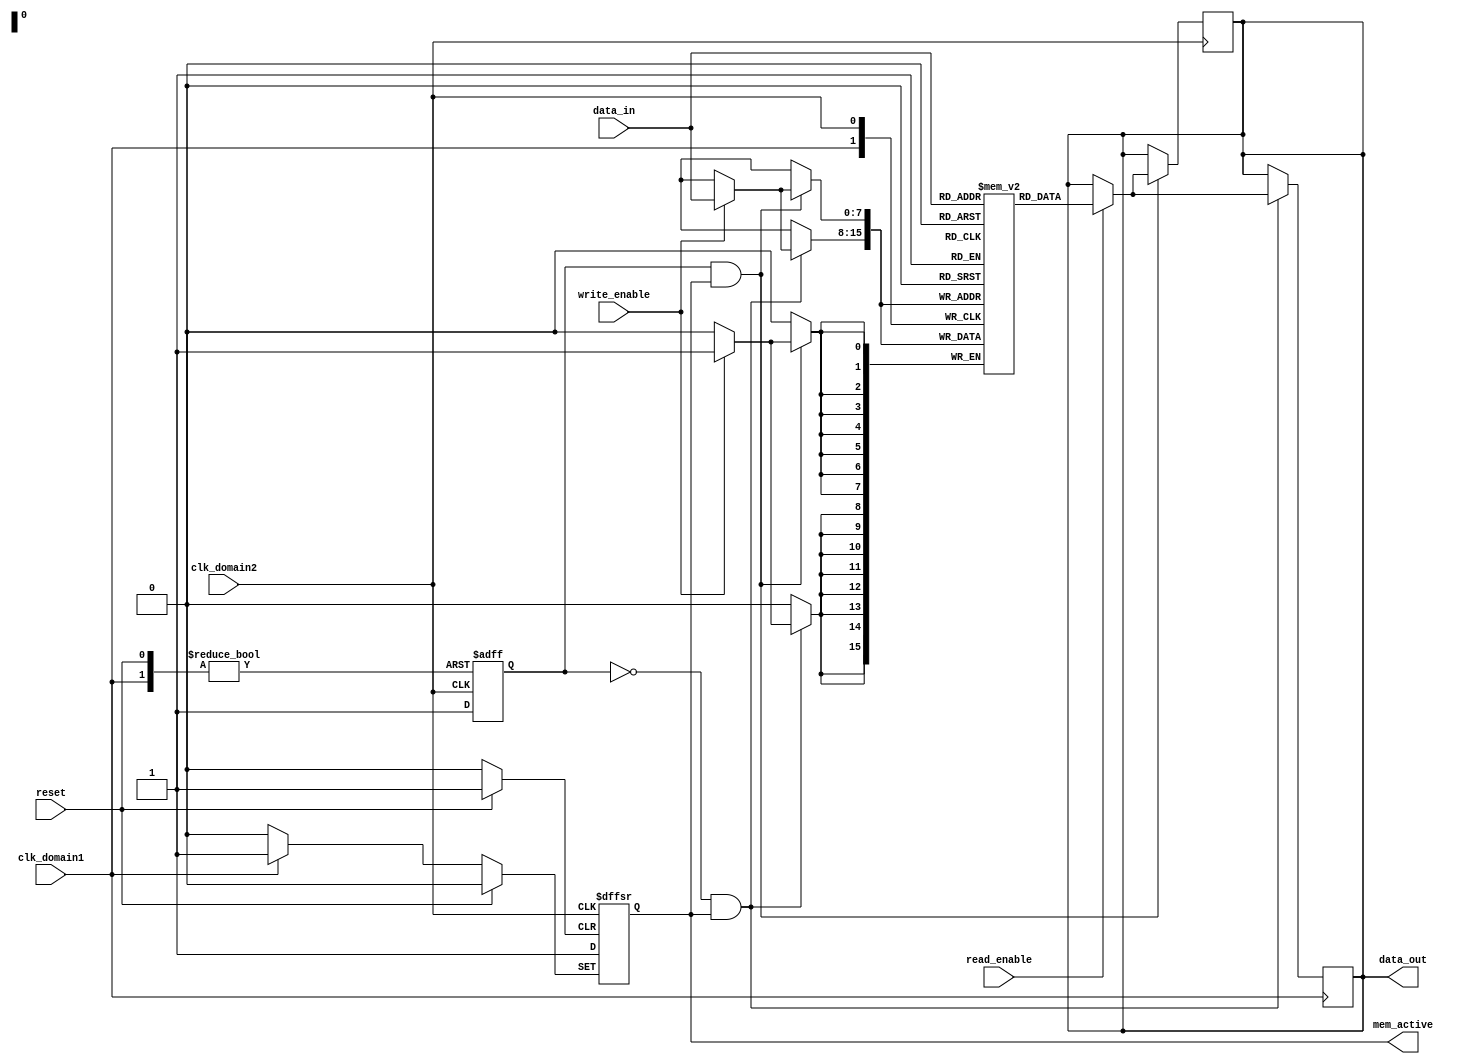
module memory_block_gating (
    input wire clk_domain1,        // Clock for domain 1
    input wire clk_domain2,        // Clock for domain 2
    input wire reset,              // Global reset
    input wire [7:0] data_in,      // Data input
    input wire write_enable,        // Write enable signal
    input wire read_enable,         // Read enable signal
    output reg [7:0] data_out,      // Data output
    output reg mem_active           // Memory active signal
);

    // Memory block (simple register for demonstration)
    reg [7:0] memory [0:255]; // 256 x 8-bit memory

    // Control logic for clock domain detection
    reg active_domain; // 0 for domain1, 1 for domain2

    always @(posedge clk_domain1 or posedge clk_domain2 or posedge reset) begin
        if (reset) begin
            active_domain <= 0; // Default to domain 1
            mem_active <= 0;    // Memory inactive
        end else begin
            // Detect active clock domain
            if (clk_domain1) begin
                active_domain <= 0;
                mem_active <= 1; // Enable memory for domain 1
            end else if (clk_domain2) begin
                active_domain <= 1;
                mem_active <= 1; // Enable memory for domain 2
            end
        end
    end

    // Memory operations gated by active clock domain
    always @(posedge clk_domain1) begin
        if (active_domain == 0 && mem_active) begin
            if (write_enable) begin
                memory[data_in[7:0]] <= data_in; // Write data
            end
            if (read_enable) begin
                data_out <= memory[data_in[7:0]]; // Read data
            end
        end
    end

    always @(posedge clk_domain2) begin
        if (active_domain == 1 && mem_active) begin
            if (write_enable) begin
                memory[data_in[7:0]] <= data_in; // Write data
            end
            if (read_enable) begin
                data_out <= memory[data_in[7:0]]; // Read data
            end
        end
    end

    // Power gating logic (optional)
    // This can be implemented based on specific requirements
    // For demonstration, we will just keep the memory active when needed

endmodule